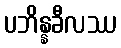
ပဘိန္နခီလဿ